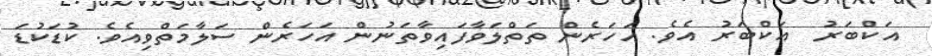
އަކްބަރު  އަކްބަރު އެވެ. އަހަރެން ތަތްލަވާފައިވާތަނުން އަހަރެން ސަލާމަތްވިއެވެ. ކުޑަކުޑަ